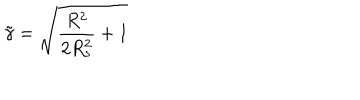
LaTeX: \tilde { \gamma } = \sqrt { \frac { R ^ { 2 } } { 2 R _ { s } ^ { 2 } } + 1 }